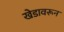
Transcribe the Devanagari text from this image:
खेडावरून